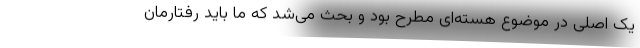
یک اصلی در موضوع هسته‌ای مطرح بود و بحث می‌شد که ما باید رفتارمان